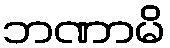
ဘဏာမိ